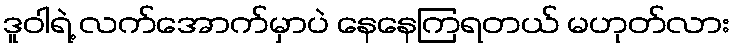
ဒူဝါရဲ့ လက်အောက်မှာပဲ နေနေကြရတယ် မဟုတ်လား